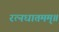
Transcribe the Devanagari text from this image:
रत्नधातमम्॥